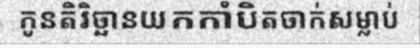
កូនតិរិច្ឆានយកកាំបិតចាក់សម្លាប់